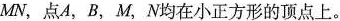
MN，点A，B，M，N均在小正方形的顶点上。